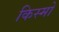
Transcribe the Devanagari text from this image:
किस्मो